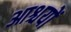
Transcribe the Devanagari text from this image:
आश्चयों